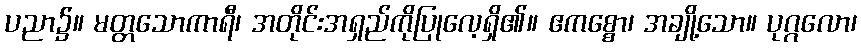
ပညာ၌။ မတ္တသောကာရီ၊ အတိုင်းအရှည်ကိုပြုလေ့ရှိ၏။ ဧကစ္စော၊ အချို့သော။ ပုဂ္ဂလော၊